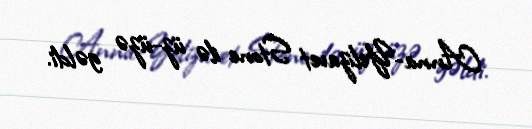
Anna-Yelizavet Stone ilə üz-üzə gəldi.